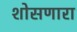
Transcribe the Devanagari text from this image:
शोसणारा